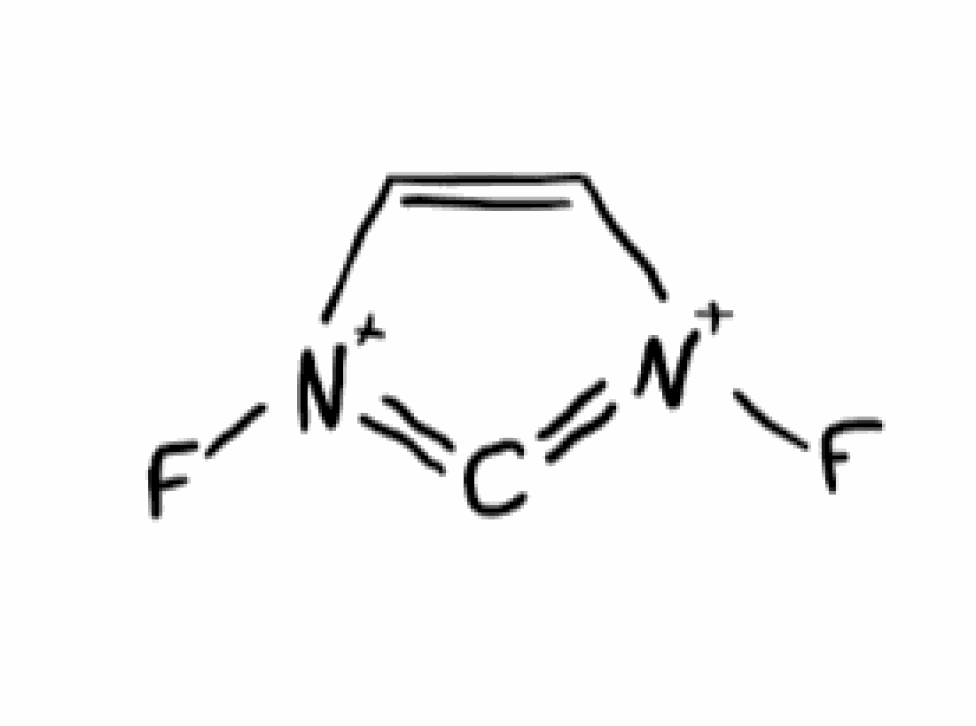
Simplified molecular-input line-entry system (SMILES) notation of the given molecule:
C1=C[N+](=C=[N+]1F)F